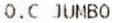
O.C JUMBO